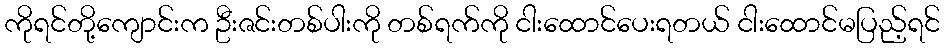
ကိုရင်တို့ကျောင်းက ဦးဇင်းတစ်ပါးကို တစ်ရက်ကို ငါးထောင်ပေးရတယ် ငါးထောင်မပြည့်ရင်